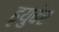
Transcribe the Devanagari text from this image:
हृयुबेर